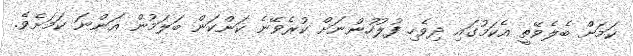
ކަމަށް ބެލެވޭތީ އެކަމުގައި ދިވެހި ފުލުހުންނަށް ކުރެވޭނެ ކަންކަން ބަލަމުން އަންނަ ކަމަށެވެ.